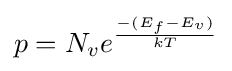
p=N_{v}e^{\frac {-(E_{f}-E_{v})}{kT}}